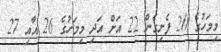
މިމަހުގެ 20 ފެށިގެން 22 އަށް އަދި މިމަހުގެ 26 އާއި 27